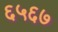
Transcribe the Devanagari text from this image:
६५६७